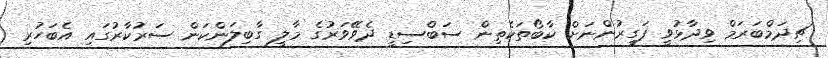
ޗިދަމްބަރަމް ވިދާޅުވީ ފަގީރުންނަށް ކާބޯތަކެތިން ސަބްސިޑީ ދެވޭވަރުގެ މާލީ ގާބިލަންކަން ސަރުކާރުގައި އެބަހުރި